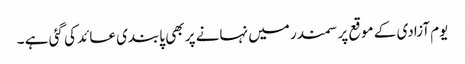
یوم آزادی کے موقع پر سمندر میں نہانے پر بھی پابندی عائد کی گئی ہے ۔